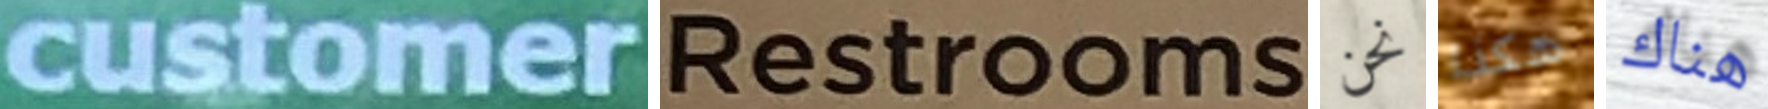
customer Restrooms نحن هكذا هناك